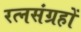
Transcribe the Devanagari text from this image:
रत्नसंग्रहों